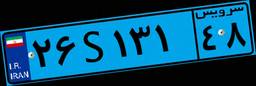
۲۶S۱۳۱۴۸